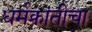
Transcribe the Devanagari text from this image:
धर्मक्रांतीचा